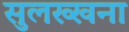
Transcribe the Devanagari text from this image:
सुलख्खना